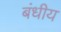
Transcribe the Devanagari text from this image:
बंधीय